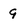
Character: 9